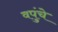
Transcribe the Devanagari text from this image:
वपुंचे